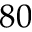
8 0